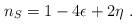
LaTeX: \begin{align*}n_S = 1-4\epsilon + 2\eta ~.\end{align*}